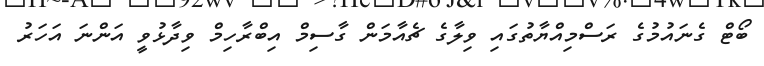
ބޯޓް ގެނައުމުގެ ރަސްމިއްޔާތުގައި ވިލާގެ ޗެއާމަން ގާސިމް އިބްރާހިމް ވިދާޅުވީ އަންނަ އަހަރު